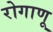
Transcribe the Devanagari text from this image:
रोगाणू